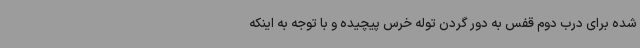
شده برای درب دوم قفس به دور گردن توله خرس پیچیده و با توجه به اینکه